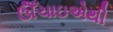
ઊઁચાઇએથી